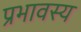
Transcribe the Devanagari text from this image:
प्रभावस्य